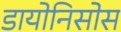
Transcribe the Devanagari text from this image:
डायोनिसोस